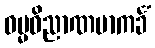
ဓမ္မဝိညာဏမာကင်္ခံ